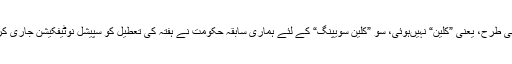
خزانے کی ”سویپنگ“ تو پانچ سال ہوتی رہی، لیکن یہ وہم رہ گیا کہ شاید صفائی اچھی طرح، یعنی ”کلین“ نہیںہوئی، سو ”کلین سویپنگ“ کے لئے ہماری سابقہ حکومت نے ہفتہ کی تعطیل کو سپیشل نوٹیفکیشن جاری کرکے معمول کے دن میں تبدیل کیاتاکہ خزانے کی اچھی طرح جھاڑپونچھ ہو جائے ۔